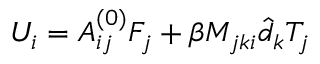
U _ { i } = A _ { i j } ^ { ( 0 ) } F _ { j } + \beta M _ { j k i } \hat { d } _ { k } T _ { j }